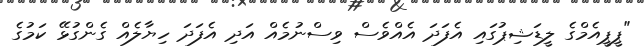
"ޕީޕީއެމްގެ ލީޑަޝިޕުގައި އެފަދަ އެއްވެސް ވިސްނުމެއް އަދި އެފަދަ ހިޔާލެއް ގެންގުޅޭ ކަމުގެ